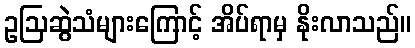
ဥဩဆွဲသံများကြောင့် အိပ်ရာမှ နိုးလာသည်။